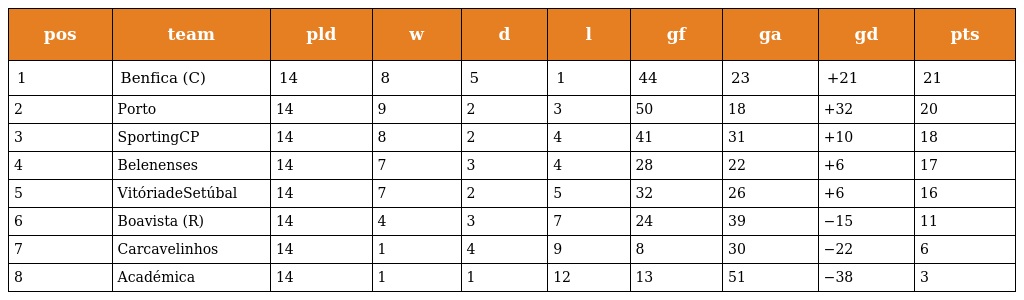
| pos | team | pld | w | d | l | gf | ga | gd | pts |
 | --- | --- | --- | --- | --- | --- | --- | --- | --- | --- |
 | 1 | Benfica (C) | 14 | 8 | 5 | 1 | 44 | 23 | +21 | 21 |
 | 2 | Porto | 14 | 9 | 2 | 3 | 50 | 18 | +32 | 20 |
 | 3 | SportingCP | 14 | 8 | 2 | 4 | 41 | 31 | +10 | 18 |
 | 4 | Belenenses | 14 | 7 | 3 | 4 | 28 | 22 | +6 | 17 |
 | 5 | VitóriadeSetúbal | 14 | 7 | 2 | 5 | 32 | 26 | +6 | 16 |
 | 6 | Boavista (R) | 14 | 4 | 3 | 7 | 24 | 39 | −15 | 11 |
 | 7 | Carcavelinhos | 14 | 1 | 4 | 9 | 8 | 30 | −22 | 6 |
 | 8 | Académica | 14 | 1 | 1 | 12 | 13 | 51 | −38 | 3 |